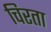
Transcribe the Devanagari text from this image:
चिरता